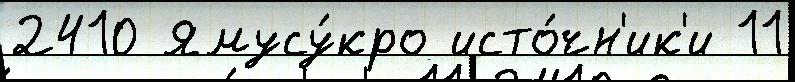
2410 Ямусу́кро исто́чн'ик'и 11